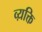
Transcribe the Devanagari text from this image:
व्य़क्ति